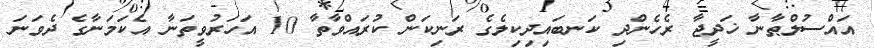
އައްސުލްޠާނާ ޚަދީޖާ ރެހެންދި ކަނބައިދިކިލެގެ ރަނިކަން ކުރައްވާތާ 10 އަހަރުވީތަނާ އެކަމަނާގެ ދެވަނަ